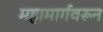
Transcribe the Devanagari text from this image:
महामार्गवरून